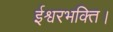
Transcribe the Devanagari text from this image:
ईश्वरभक्ति।